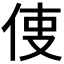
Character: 𠉕